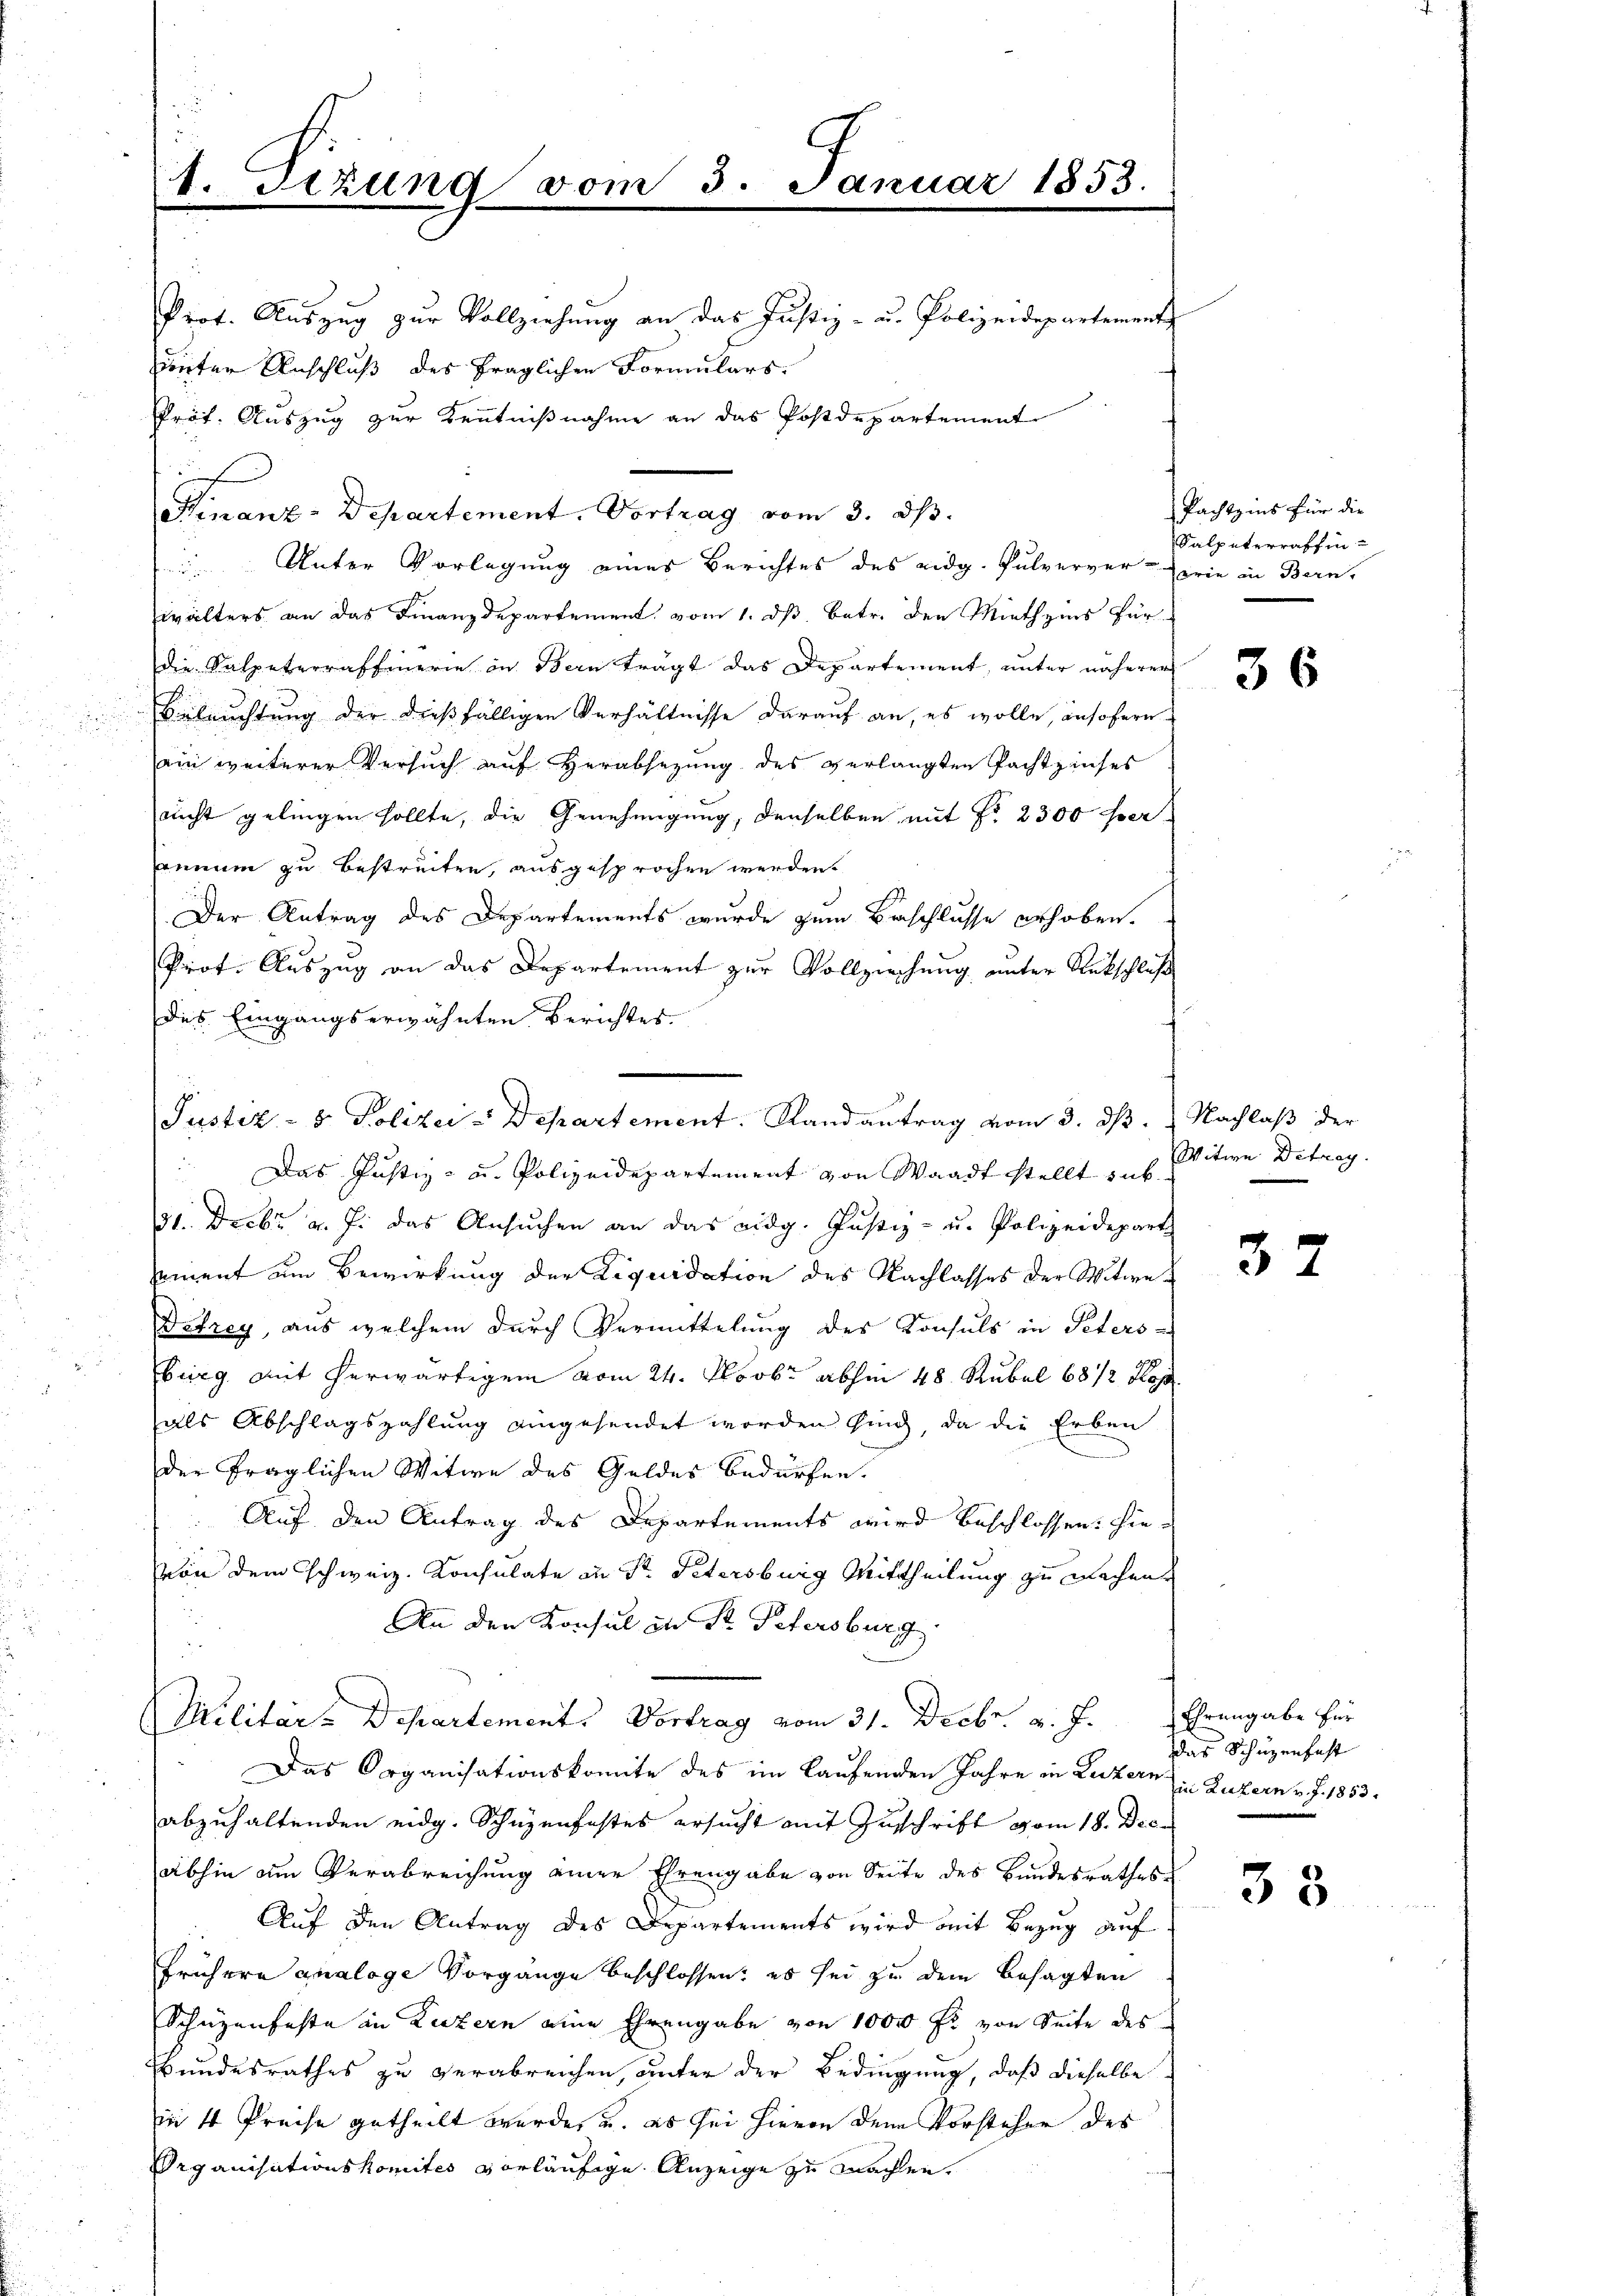
Prof. Auszug zur Vollziehung an das Justiz- u. Polizeidepartemente
uunter Anschluß des fraglichen Formulars
Präf. Auszug zur Kenntnißnahme an das Postdepartement
Finanz-Departement. Vortrag vom 3. ds.
Unter Vorlegung eines Berichtes des eidg. Pulverver-erie in Bern,
wälters an das Finanzdepartement, vom 1. ds. betr. den Miethzins für
die Salpeterraffierie in Bern trägt das Departement, unter näherer
Beleuchtung der dießfälligen Verhältnisse darauf an, es wolle, insofern
ein weiterer Versuch auf Verabsetzung des verlangten Pachtzinses
nicht gelingen sollte, die Genehmigung, denselben mit No 2300 her
annum zu bestreiten, ausgesprochen werden.
Der Antrag des Departements wurde zum Beschlusse erhoben.
Prot. Auszug an das Departement zur Vollziehung unter Rückschluß
des Eingangserwähnten Berichtes.
.
Das Justiz- u. Polizeidepartement von Waadt stellt sub¬
31. Decbr v. J. das Ansuchen an das eidg. Justiz- u. Polizeidepart
sement um Bewirkung der Liquidation des Nachlasses der Witwe¬
Defrey, aus welchem durch Vermittelung des Konsuls in Peters-
burg mit herwärtigem vom 24. Novbr abhin 48 Rubel 6812 Kop
als Abschlagszahlung eingesendet worden sind, da die Erben
der fraglichen Witwe des Geldes bedürfen.
Auf den Antrag des Departements wird beschlossen: hie-
Von dem Schweiz. Konsulate an Sr. Petersburg Mittheilung zu machen.
An den Konsul zu Dr. Petersburg
Militärs Departements Vortrag vom 31. Decbr. v. J. Ehrengabe für
Das Organisationskomite des im Laufenden Jahre in Luzern in Luzern v. J. 1853.
abzuhaltenden eidg. Schüzenfestes ersucht mit Zuschrift vom 18. Dec.
abhin am Verabreichung einer Ehrengabe von Seite des Bundesrathes
Auf den Antrag des Departements wird mit Bezug auf
Frühere analoge Vorgänge beschlossen: es sei zu dem besagten
Schüzenfeste in Luzern eine Ehrengabe von 1000 Fr. von Seite des
Bundesrathes zu verabreichen, unter der Bedingung, daß dieselbe
in 4 Preise getheilt wurde, u. es sei hievon dem Vorstehen des
Organisationskomités vorläufige Anzeige zu machen.

1. Sizung vom

3. Januar 1853.

Justiz- & Polizei-Departement. Randantrag vom 3. dβ.

Pachtzins für die
Salpeterraffin-

36

Nachlaß der
Witwe Detrag.

32

das Schüzenfast

38